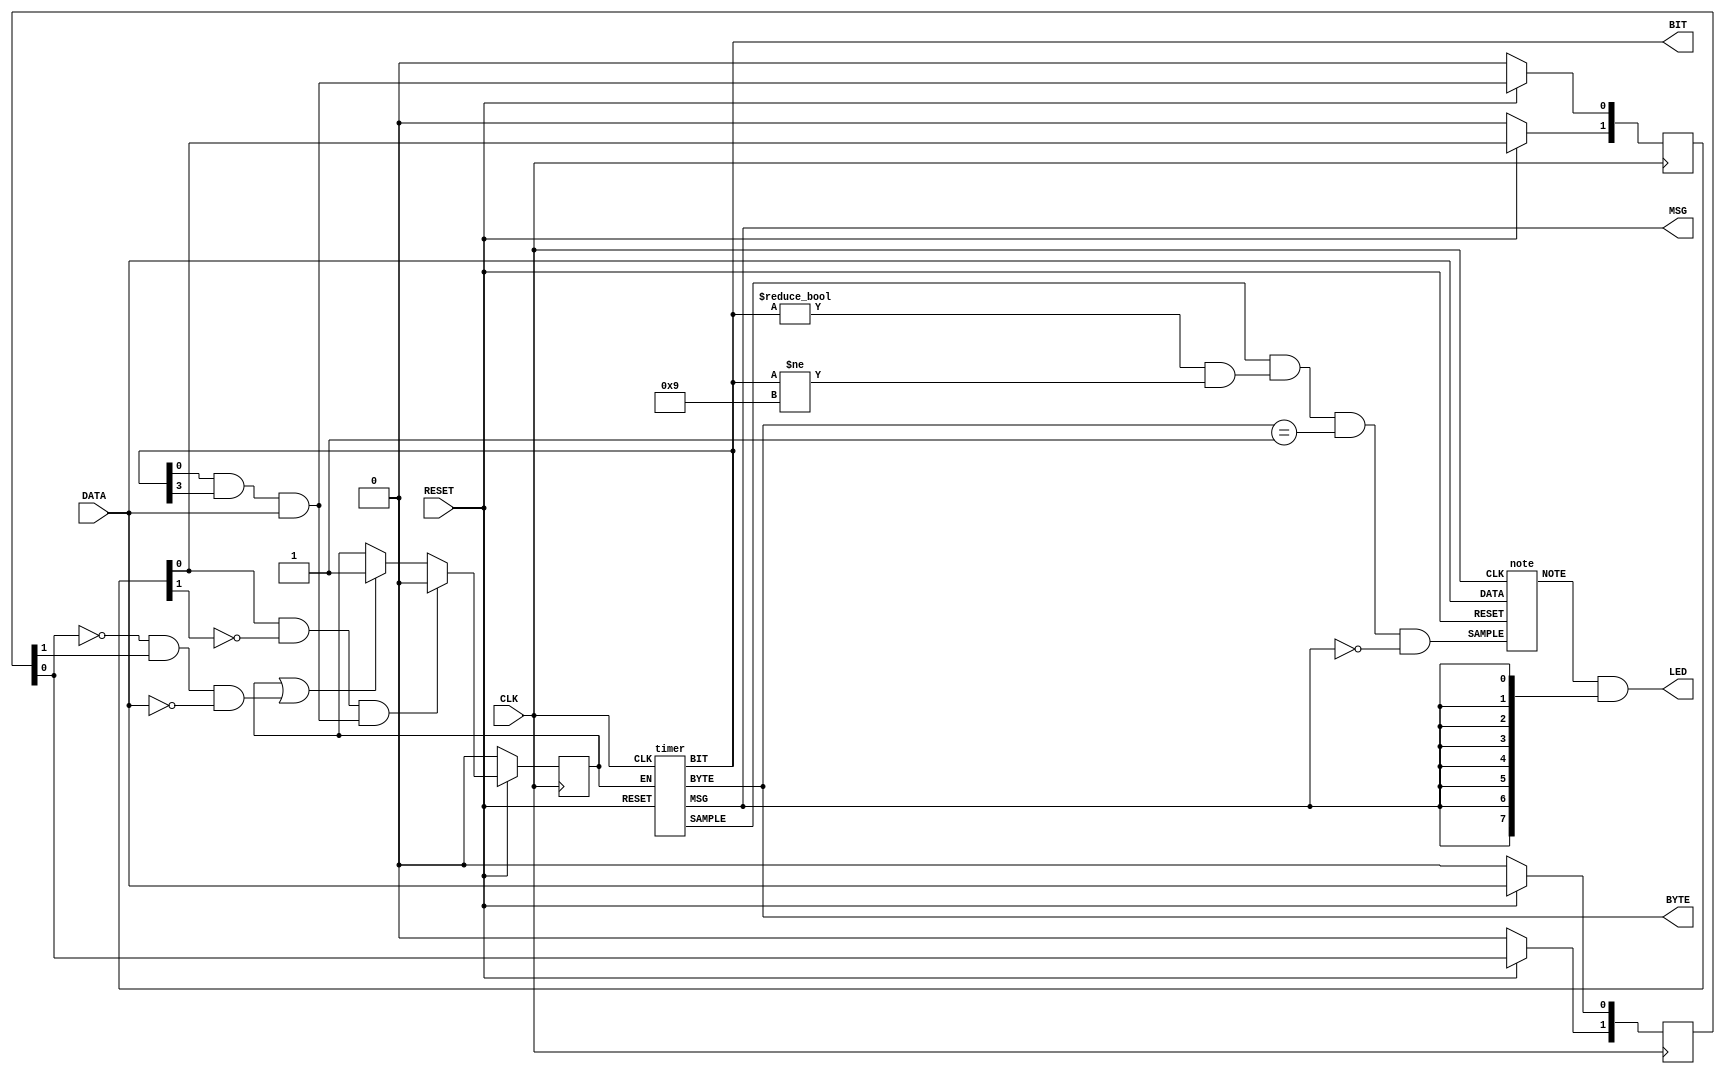
/*
** ECE 353: Computer Systems Lab I
** Lab 4: MIDI Receiver in Verilog
**
** Ryan Lagasse, Perveshwer Jaswal, Ricardo Henriquez
*/

/**********************
**  Receiver Module  **
***********************/

module receiver (CLK, DATA, RESET, LED, BIT, BYTE, MSG);
	input wire CLK, DATA, RESET;
	output wire[7:0] LED;
	
	reg[1:0] data;
		
	reg CLK_EN;
	wire NOTE_SAMPLE;
	
	wire SAMPLE;
	output wire[3:0] BIT;
	output wire[1:0] BYTE;
	output wire MSG;
	
	wire[7:0] NOTE;
	
	reg[1:0] dis_r;
	wire DISABLE;
	
	timer t	(CLK, CLK_EN, RESET, SAMPLE, BIT, BYTE, MSG);
	note n	(CLK, NOTE_SAMPLE, DATA, RESET, NOTE);
	
	assign DISABLE = BIT[0] & BIT[3] & DATA;
	assign NOTE_SAMPLE = SAMPLE && (BIT != 4'b0 && BIT != 4'b1001) && (BYTE == 2'b1) && !MSG;
	assign LED = NOTE & { MSG, MSG, MSG, MSG, MSG, MSG, MSG, MSG };
	
	always @(posedge CLK) begin
		if (!RESET) begin
			data <= 2'b0;
			dis_r <= 2'b0;
			CLK_EN <= 0;
		end
		else begin
			data[0] <= DATA;
			data[1] <= data[0];
			
			dis_r[0] <= DISABLE;
			dis_r[1] <= dis_r[0];
			
			if((dis_r[0] && !dis_r[1] && DISABLE)) CLK_EN <= 0;
			else if (CLK_EN || (!data[0] && data[1] && !DATA)) CLK_EN <= 1;
		end
	end
	
endmodule

/*****************
**  Submodules  **
******************/

module timer (CLK, EN, RESET, SAMPLE, BIT, BYTE, MSG);
	input wire CLK, EN, RESET;
	output reg SAMPLE;
	reg[6:0] TIME;
	output reg[3:0] BIT;
	output reg[1:0] BYTE;
	output reg MSG;
	
	reg[1:0] en_reg;
	
	parameter TIME_START = 7'b0000000;
	parameter TIME_SAMPLE = 7'b1000000;
	parameter OVF_TIME = 7'b1111111;
	parameter OVF_BIT = 4'b1001;
	parameter OVF_BYTE = 2'b10;
	
	always @(posedge CLK) begin
		en_reg[0] <= EN;
		en_reg[1] <= en_reg[0];
	
		if (!RESET) begin
			TIME <= 7'b0;
			BIT <= 4'b0;
			BYTE <= 2'b0;
			MSG <= 1'b0;
		end
		else if (EN) begin
			TIME <= TIME + 1'b1;
			
			if (TIME == TIME_SAMPLE) SAMPLE <= 1;
			else SAMPLE <= 0;
			
			if (!en_reg[1]) BIT <= 4'b0;
			else if (TIME == OVF_TIME) begin
				BIT <= BIT + 1'b1;
				if (BIT == OVF_BIT - 1) begin
					if (BYTE == OVF_BYTE) begin
						BYTE <= 2'b0;
						MSG <= MSG + 1'b1;
					end
					else BYTE <= BYTE + 1'b1;
				end
			end
			
		end
	end
endmodule

module note (CLK, SAMPLE, DATA, RESET, NOTE);
	input wire CLK, DATA, SAMPLE, RESET;
	output reg[0:7] NOTE;
	
	always @(posedge CLK) begin
		if (!RESET) NOTE <= 8'b0;
		else if (SAMPLE) begin
			NOTE[7] <= NOTE[6];
			NOTE[6] <= NOTE[5];
			NOTE[5] <= NOTE[4];
			NOTE[4] <= NOTE[3];
			NOTE[3] <= NOTE[2];
			NOTE[2] <= NOTE[1];
			NOTE[1] <= NOTE[0];
			NOTE[0] <= DATA;
		end
	end
endmodule